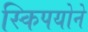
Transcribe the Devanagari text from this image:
स्किपयोने